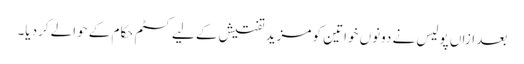
بعد ازاں پولیس نے دونوں خواتین کو مزید تفتیش کے لیے کسٹم حکام کے حوالے کردیا۔